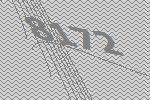
8172